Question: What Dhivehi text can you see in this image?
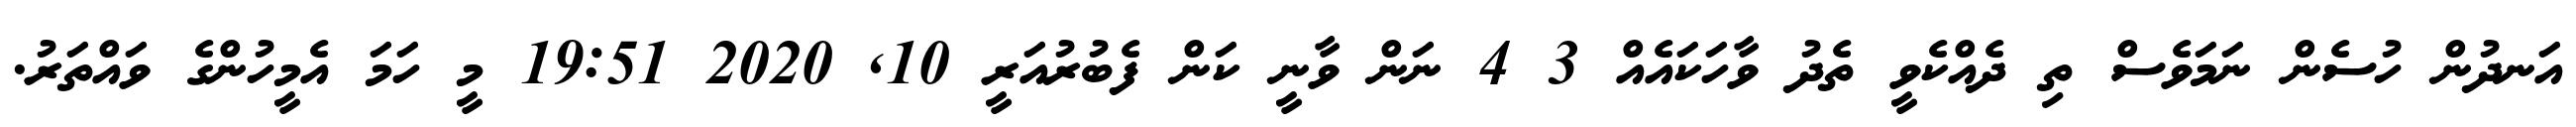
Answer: އަނދުން ހުސެން ނަމަވެސް ތި ދެއްކެވީ ތެދު ވާހަކައެއް 3 4 ނަން ވާނީ ކަން ފެބުރުއަރީ 10, 2020 19:51 މީ ހަމަ އެމީހުންގެ ވައްތަރު.